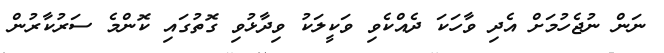
ނަން ނުޖެހުމަށް އެދި ވާހަކަ ދެއްކެވި ވަކީލަކު ވިދާޅުވި ގޮތުގައި ކޮންމެ ސަރުކާރުން